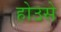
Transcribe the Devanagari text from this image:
होउसे